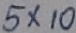
5 \times 1 0